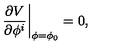
\left. \frac { \partial V } { \partial \phi ^ { i } } \right| _ { \phi = \phi _ { 0 } } = 0 ,